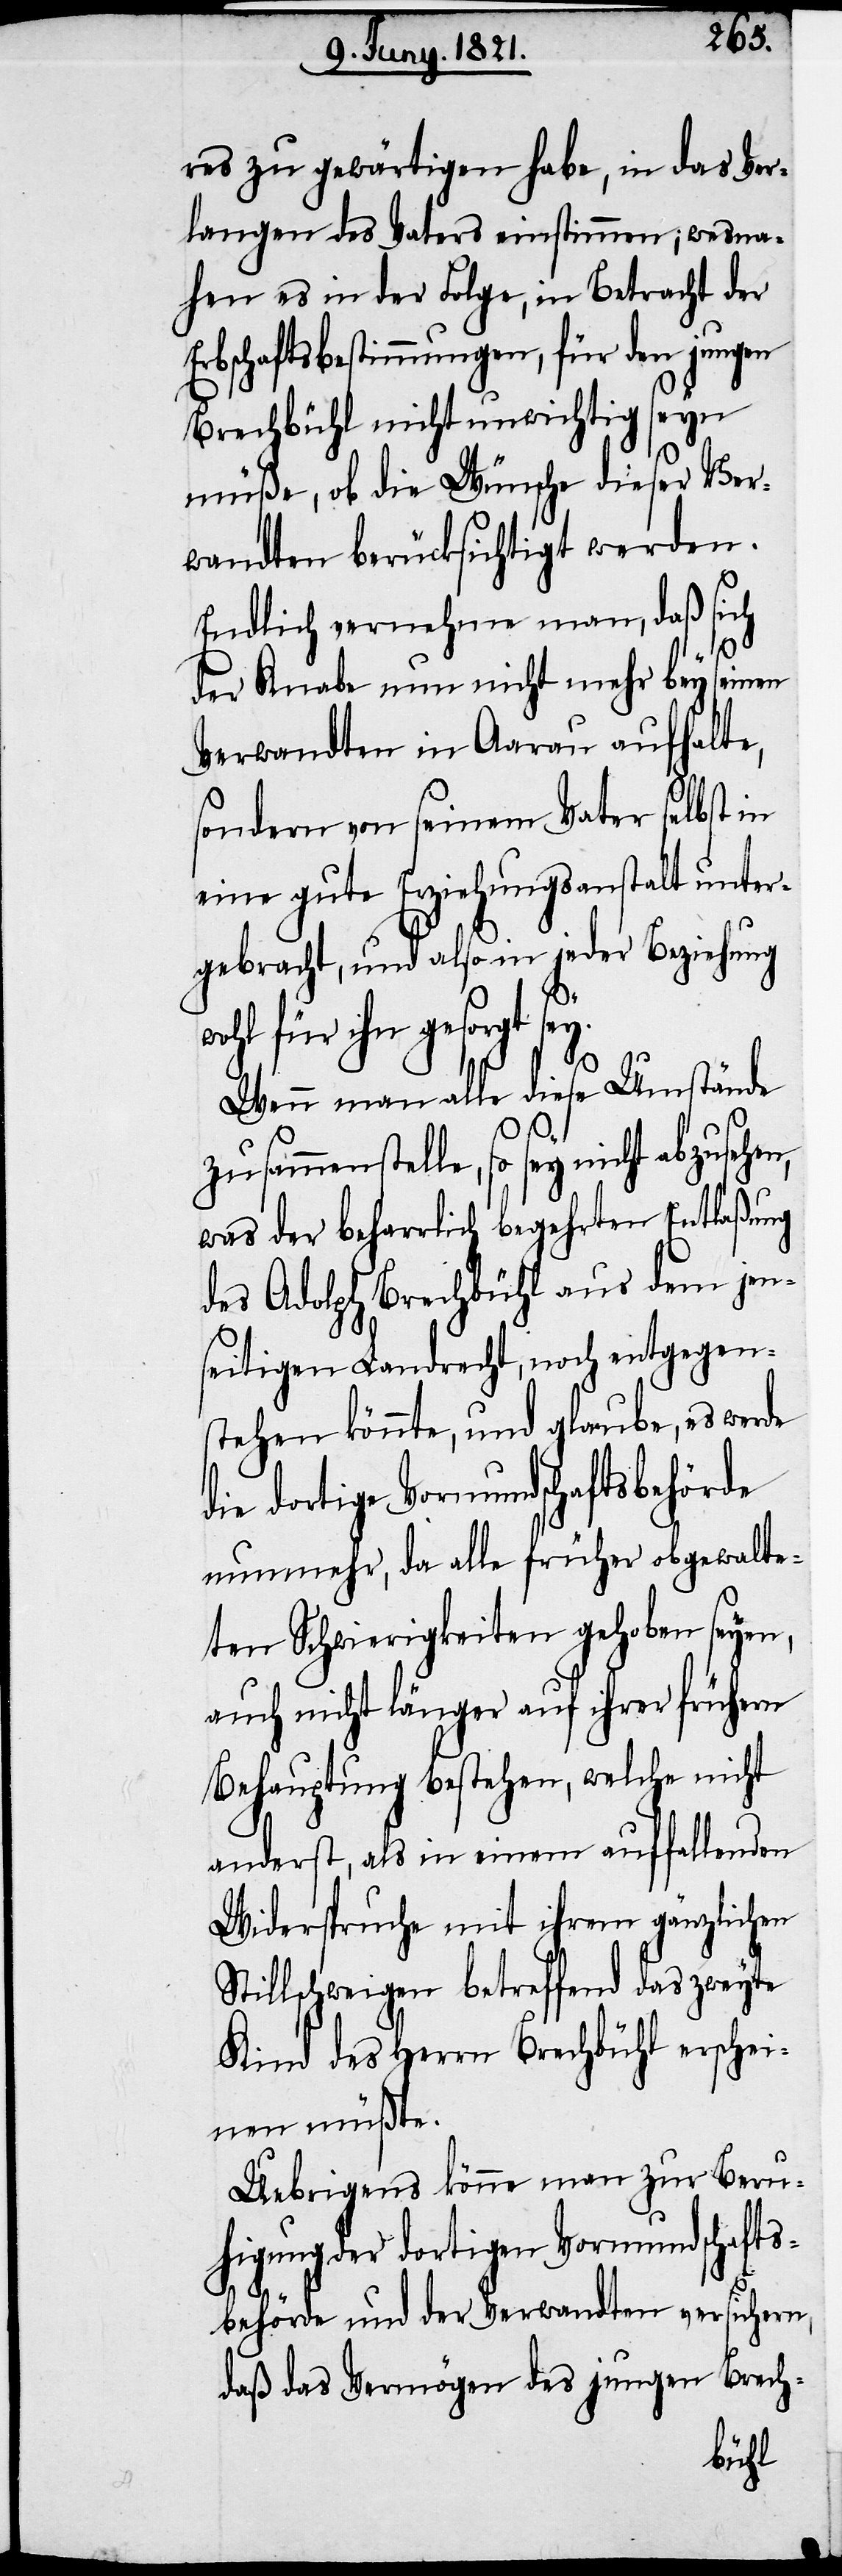
res zu gewärtigen habe, in das Ver¬
langen des Vaters einstimmen; wesna¬
hen es in der Folge, in Betracht der
Erbschaftsbestimmungen, für den jungen
Brechbühl nicht unwichtig seyn
müße, ob die Wünsche dieser Ver¬
wandten berücksichtigt werden.
Endlich vernehme man, daß sich
der Knabe nun nicht mehr bey seinen
Verwandten in Aarau aufhalte,
sondern von seinem Vater selbst in
eine gute Erziehungsanstalt unter¬
gebracht, und also in jeder Beziehung
wohl für ihn gesorgt sey.
Wenn man alle diese Umstände
zusammenstelle, so sey nicht abzusehen,
was der beharrlich begehrten Entlaßung
das Adolph Brechbühl aus dem jen¬
seitigen Landrecht, noch entgegen¬
stehen könnte, und glaube, es werde
die dortige Vormundschaftsbehörde
nunmehr, da alle früher obgewalte¬
ten Schwierigkeiten gehoben seyen,
auch nicht länger auf ihrer frühern
Behauptung bestehen, welche nicht
anderst, als in einem auffallenden
Widerspruche mit ihrem gänzlichen
Stillschweigen betreffend das zweyte
Kind des Herrn Brechbühl erschei¬
nen müßte.
Uebrigens könne man zur Beru¬
higung der dortigen Vormundschafts¬
behörde und der Verwandten versichern,
daß das Vermögen des jungen Brech-